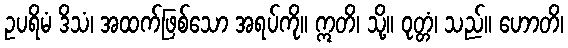
ဥပရိမံ ဒိသံ၊ အထက်ဖြစ်သော အရပ်ကို။ ဣတိ၊ သို့။ ဝုတ္တံ၊ သည်။ ဟောတိ၊